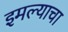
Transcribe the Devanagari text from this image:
इमल्याचा